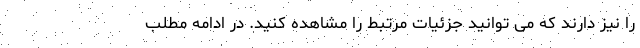
را نیز دارند که می توانید جزئیات مرتبط را مشاهده کنید. در ادامه مطلب